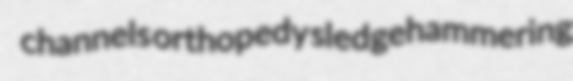
channels orthopedy sledgehammering